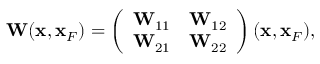
\begin{array} { r } { { \bf W } ( { \bf x } , { \bf x } _ { F } ) = \left( \begin{array} { l l } { { \bf W } _ { 1 1 } } & { { \bf W } _ { 1 2 } } \\ { { \bf W } _ { 2 1 } } & { { \bf W } _ { 2 2 } } \end{array} \right) ( { \bf x } , { \bf x } _ { F } ) , } \end{array}